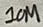
Text: 10M